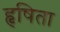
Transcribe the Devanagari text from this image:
हृषिता